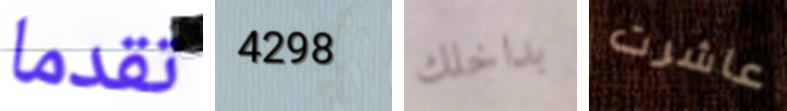
تقدما 4298 بداخلك عاشرت